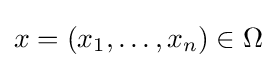
x=(x_{1},\ldots ,x_{n})\in \Omega